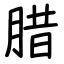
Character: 腊